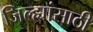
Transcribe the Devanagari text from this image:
जिल्ह्यांसाठी